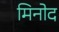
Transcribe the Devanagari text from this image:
मिनोद